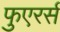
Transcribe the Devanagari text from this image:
फुएरर्स